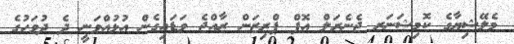
މެލޭޝިޔާގެ ކޮމިޝަނަރ ޖެނެރަލް އޮފް ޕްރިޒަން ރާއްޖެ ވަޑައިގެން އުޅުއްވަނީ ދެ ދުވަހުގެ